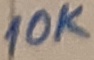
Text: 10K